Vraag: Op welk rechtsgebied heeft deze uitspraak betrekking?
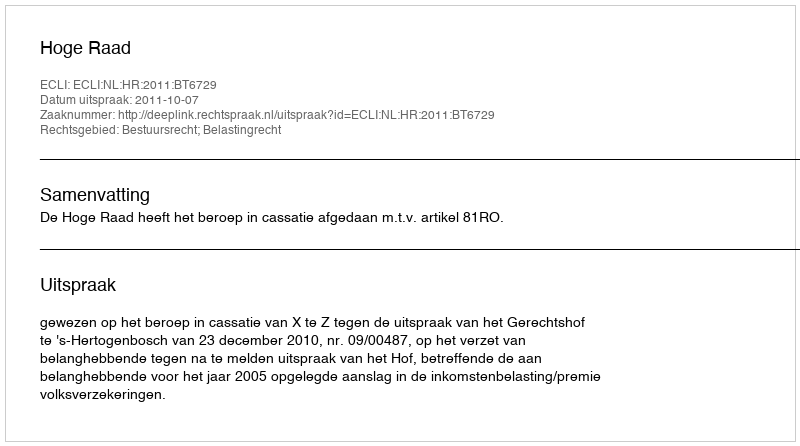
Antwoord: Bestuursrecht; Belastingrecht